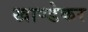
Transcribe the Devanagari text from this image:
खाण्डेकर